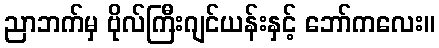
ညာဘက်မှ ဗိုလ်ကြီးဂျင်ယန်းနှင့် ဘော်ကလေး။